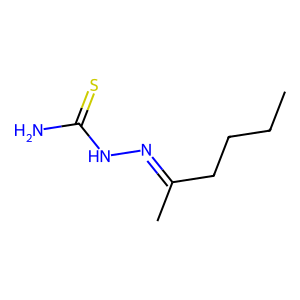
SMILES: CCCCC(C)=NNC(N)=S
Inhibits HIV replication: No